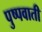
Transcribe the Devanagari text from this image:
पुष्पवाती